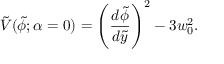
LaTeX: \tilde { V } ( \tilde { \phi } ; { \alpha = 0 } ) = \left( { \frac { d \tilde { \phi } } { d \tilde { y } } } \right) ^ { 2 } - 3 w _ { 0 } ^ { 2 } .